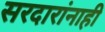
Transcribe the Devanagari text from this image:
सरदारांनाही